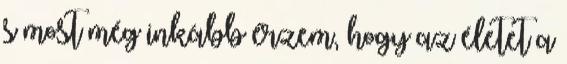
s most még inkább érzem, hogy az életet a